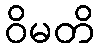
ဝိမတိ